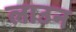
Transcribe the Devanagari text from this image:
लाउन